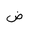
Letter: _dad